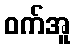
ဝက်အူ